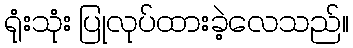
ရုံးသုံး ပြုလုပ်ထားခဲ့လေသည်။